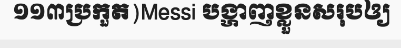
១១៣ប្រកួត)Messi បង្ហាញខ្លួនសរុបឲ្យ